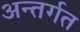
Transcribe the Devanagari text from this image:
अन्तर्गत